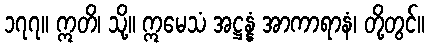
၁၇၇။ ဣတိ၊ သို့။ ဣမေသံ အဋ္ဌန္နံ အာကာရာနံ၊ တို့တွင်။